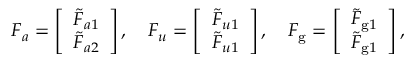
\begin{array} { r } { F _ { a } = \left[ \begin{array} { l } { \tilde { F } _ { a 1 } } \\ { \tilde { F } _ { a 2 } } \end{array} \right] , \quad F _ { u } = \left[ \begin{array} { l } { \tilde { F } _ { u 1 } } \\ { \tilde { F } _ { u 1 } } \end{array} \right] , \quad F _ { \mathrm { g } } = \left[ \begin{array} { l } { \tilde { F } _ { \mathrm { g } 1 } } \\ { \tilde { F } _ { \mathrm { g } 1 } } \end{array} \right] , } \end{array}